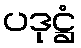
ပဒုဋ္ဌံ